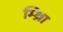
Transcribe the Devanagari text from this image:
म्थ्राि